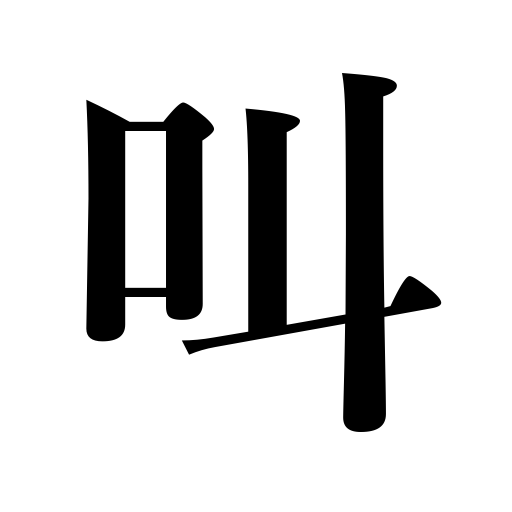
Meanings: exclaim,howl,clamor for,advocate,yell,roar,cry,shout,cry for